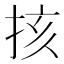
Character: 㧡